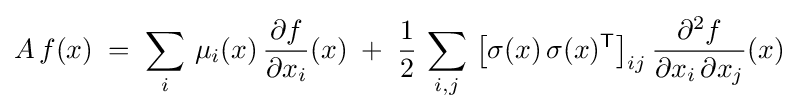
A\,f(x)\;=\;\sum _{i}\,\mu _{i}(x)\,{\frac {\partial f}{\partial x_{i}}}(x)\;+\;{\frac {1}{2}}\,\sum _{i,j}\,{\bigl [}\sigma (x)\,\sigma (x)^{\mathsf {T}}{\bigr ]}_{ij}\,{\frac {\partial ^{2}f}{\partial x_{i}\,\partial x_{j}}}(x)